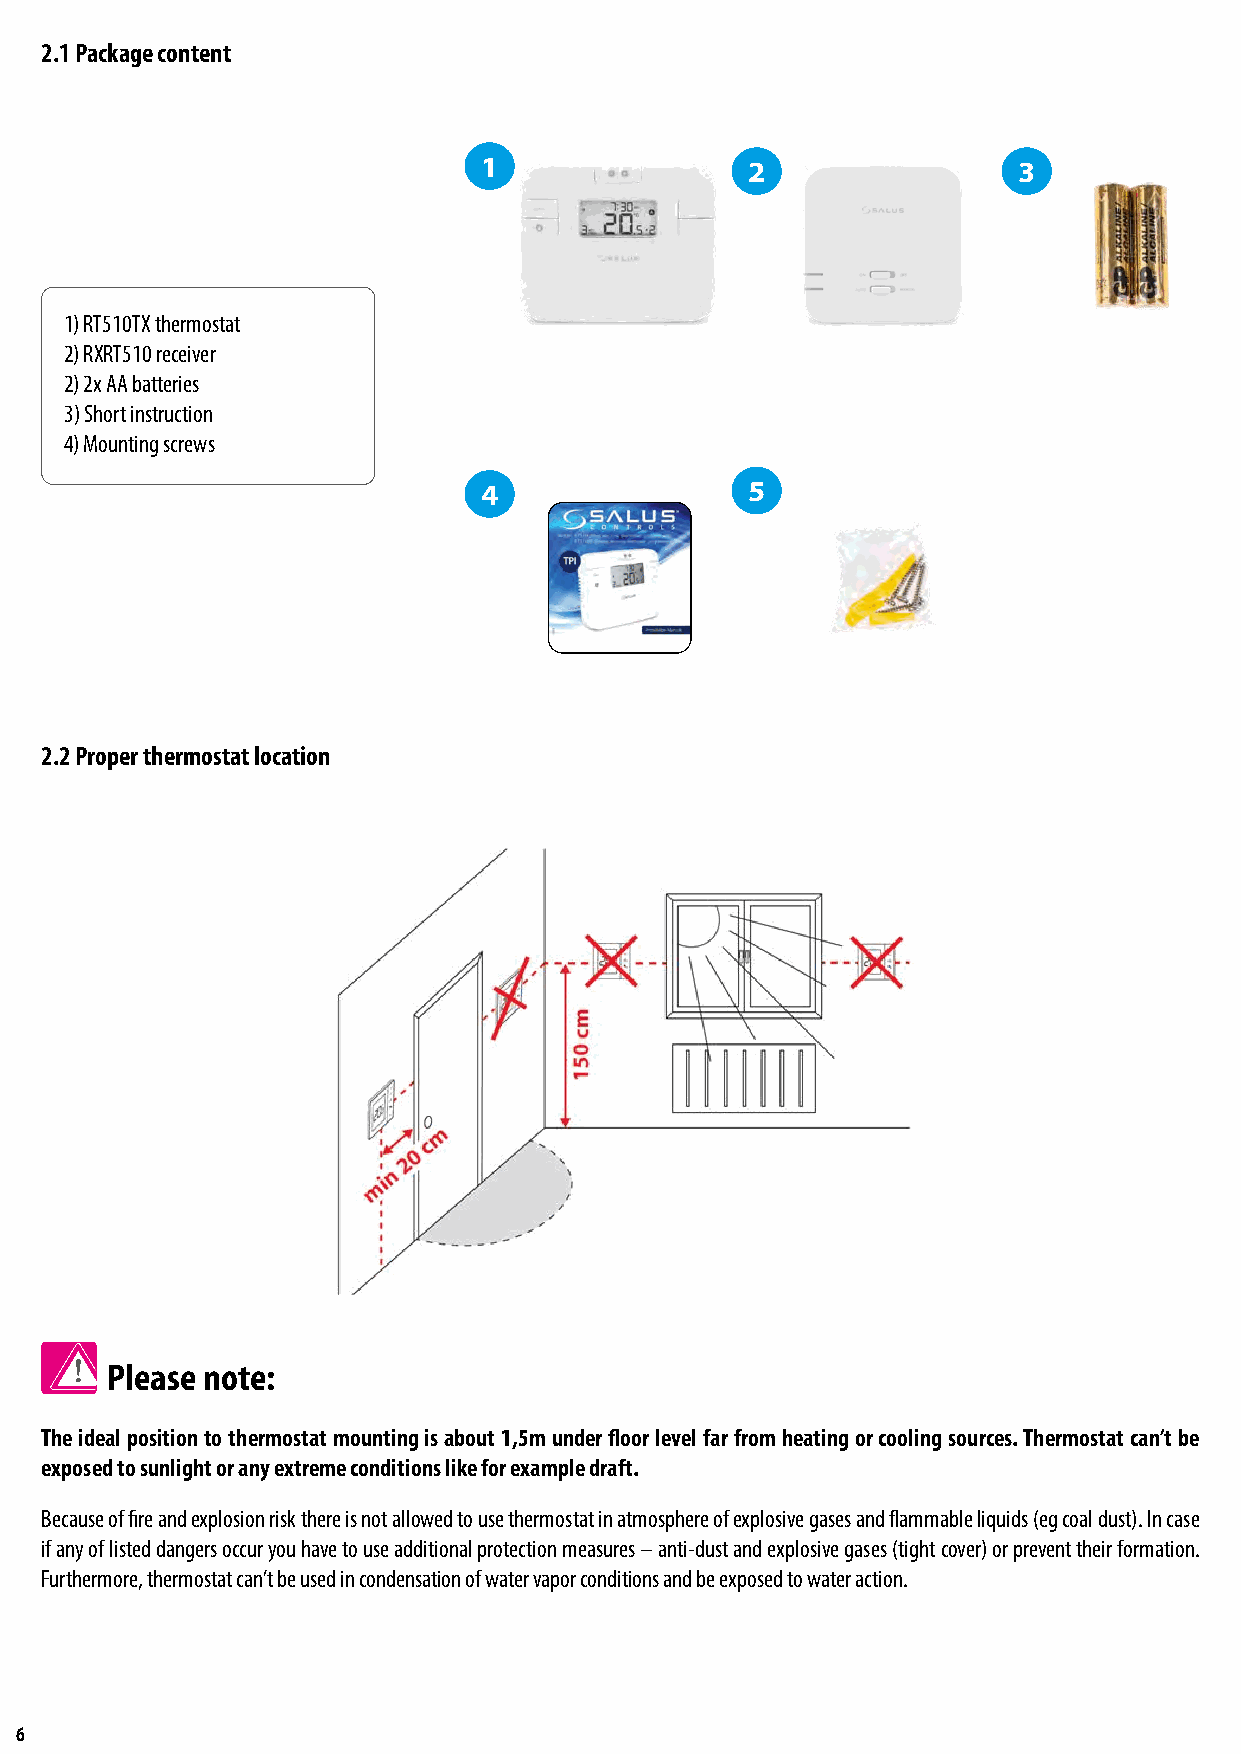
2.1 Package content
 1                2                 3
 1) RT510TX thermostat
 2) RXRT510 receiver
 2) 2x AA batteries
 3) Short instruction
 4) Mounting screws
 4                5
 2.2 Proper thermostat location
 Please note:
 The ideal position to thermostat mounting is about 1,5m under floor level far from heating or cooling sources. Thermostat can’t be
 exposed to sunlight or any extreme conditions like for example draft.
 Because of fire and explosion risk there is not allowed to use thermostat in atmosphere of explosive gases and flammable liquids (eg coal dust). In case
 if any of listed dangers occur you have to use additional protection measures – anti-dust and explosive gases (tight cover) or prevent their formation.
 Furthermore, thermostat can’t be used in condensation of water vapor conditions and be exposed to water action.
 6